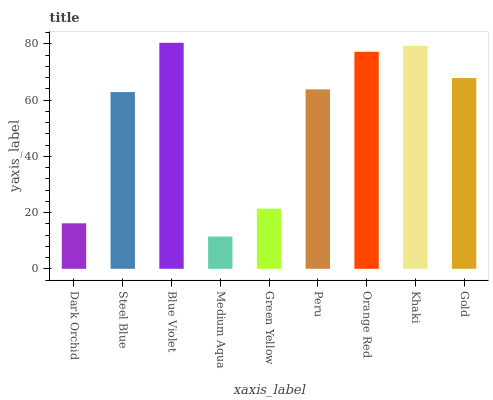
| xaxis_label | bars |
 | --- | --- |
 | Dark Orchid | 16.2 |
 | Steel Blue | 62.9 |
 | Blue Violet | 80.4 |
 | Medium Aqua | 11.5 |
 | Green Yellow | 21.4 |
 | Peru | 63.8 |
 | Orange Red | 77.2 |
 | Khaki | 79.3 |
 | Gold | 67.9 |